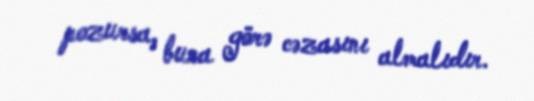
pozursa, buna görə cəzasını almalıdır.